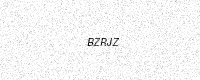
Text: BZRJZ